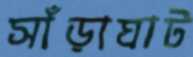
সাঁড়াঘাট